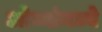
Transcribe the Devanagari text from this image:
ओव्यांमध्ये